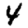
Digit: 4